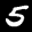
Label: 5